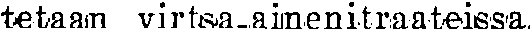
tetaam virtsa aimenitraateissa.